Indian journal of veterinary science and animal husbandry - Volume 1,
Year: 1931
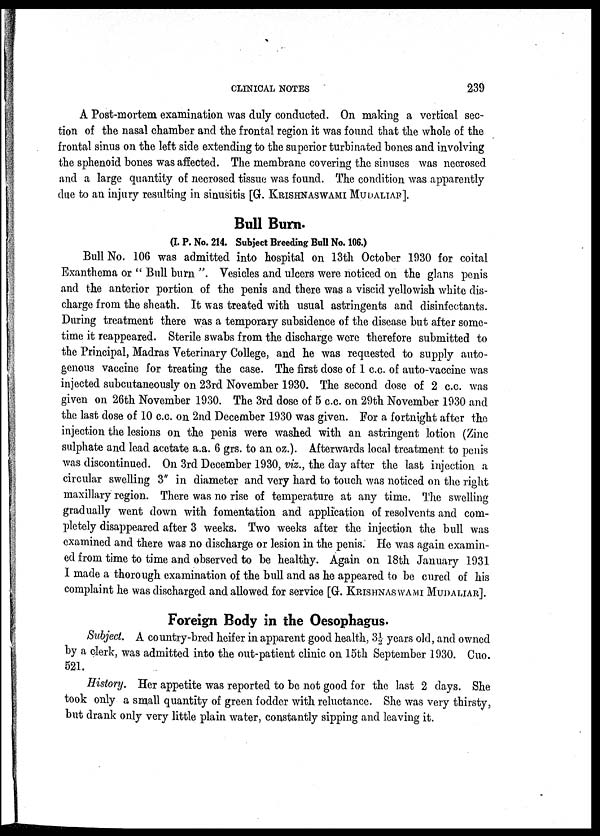
CLINICAL NOTES
239
A Post-mortem examination was duly conducted. On making a vertical sec-
tion of the nasal chamber and the frontal region it was found that the whole of the
frontal sinus on the left side extending to the superior turbinated bones and involving
the sphenoid bones was affected. The membrane covering the sinuses was necrosed
and a large quantity of necrosed tissue was found. The condition was apparently
due to an injury resulting in sinusitis [G. KRISHNASWAMI MUDALIAR].
Bull Burn.
(I. P. No. 214. Subject Breeding Bull No. 106.)
Bull No. 106 was admitted into hospital on 13th October 1930 for coital
Exanthema or " Bull burn ". Vesicles and ulcers were noticed on the glans penis
and the anterior portion of the penis and there was a viscid yellowish white dis-
charge from the sheath. It was treated with usual astringents and disinfectants.
During treatment there was a temporary subsidence of the disease but after some-
time it reappeared. Sterile swabs from the discharge were therefore submitted to
the Principal, Madras Veterinary College, and he was requested to supply auto-
genous vaccine for treating the case. The first dose of 1 c.c. of auto-vaccine was
injected subcutaneously on 23rd November 1930. The second dose of 2 c.c. was
given on 26th November 1930. The 3rd dose of 5 c.c. on 29th November 1930 and
the last dose of 10 c.c. on 2nd December 1930 was given. For a fortnight after the
injection the lesions on the penis were washed with an astringent lotion (Zinc
sulphate and lead acetate a.a. 6 grs. to an oz.). Afterwards local treatment to penis
was discontinued. On 3rd December 1930, viz., the day after the last injection a
circular swelling 3" in diameter and very hard to touch was noticed on the right
maxillary region. There was no rise of temperature at any time. The swelling
gradually went down with fomentation and application of resolvents and com-
pletely disappeared after 3 weeks. Two weeks after the injection the bull was
examined and there was no discharge or lesion in the penis. He was again examin-
ed from time to time and observed to be healthy. Again on 18th January 1931
I made a thorough examination of the bull and as he appeared to be cured of his
complaint he was discharged and allowed for service [G. KRISHNASWAMI MUDALIAR].
Foreign Body in the Oesophagus.
Subject. A country-bred heifer in apparent good health, 3½ years old, and owned
by a clerk, was admitted into the out-patient clinic on 15th September 1930. Cuo.
521.
History. Her appetite was reported to be not good for the last 2 days. She
took only a small quantity of green fodder with reluctance. She was very thirsty,
but drank only very little plain water, constantly sipping and leaving it.